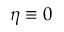
\eta \equiv 0